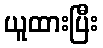
ယူထားပြီး